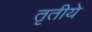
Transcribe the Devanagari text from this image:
तृतीये